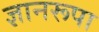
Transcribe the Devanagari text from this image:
ज्ञानरूपा